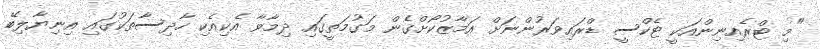
"މި ޓްރެއިނިންއަކީ ޓެކްސީ ޑްރައިވަރުންނަށް އަމާޒުކޯށްގެން މަގުމަތީގައި ދިމާވާ އެކިއެކި ހާދިސާތަކުގައި އިނިޔާލިބޭ